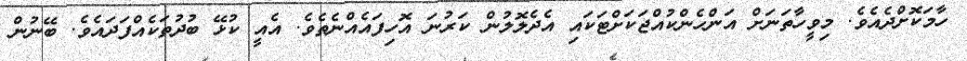
ހާމަކޮށްދެއެވެ. މިވީހާތަނަށް އަންހެންކުއްޖަކަށްޓަކައި އެދެލޮލުން ކަރުނަ އޮހިފައެއްނެތެވެ. އެއީ ކުޅޭ ބުދުތަކެއްފަދައެވެ. ބޭނުން